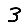
Digit: 3